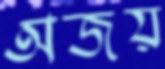
অজয়